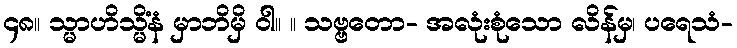
၄၈။ သ္မာဟိသ္မိံနံ မှာဘိမှိ ဝါ။ ။ သဗ္ဗတော- အလုံးစုံသော လိန်မှ၊ ပရေသံ-